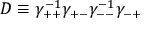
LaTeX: D \equiv \gamma _ { + + } ^ { - 1 } \gamma _ { + - } \gamma _ { -- } ^ { - 1 } \gamma _ { - + }